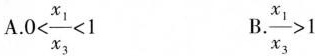
A.$$0< \frac{x_{1}}{x_{3}}<1$$ B.$$\frac{x_{1}}{x_{3}}>1$$